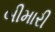
બીમારી